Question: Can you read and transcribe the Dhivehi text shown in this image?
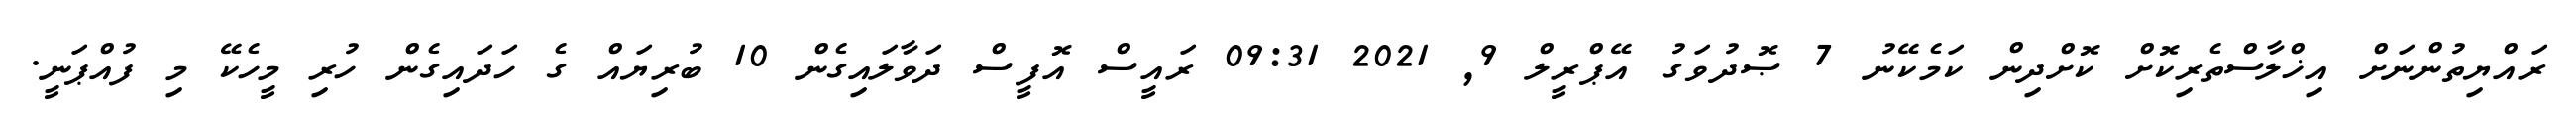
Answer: ރައްޔިތުންނަށް އިޚްލާސްތެރިކޮށް ކޮށްދިން ކަމެކޭނު 7 ޞޮދުވަގު އޭޕްރީލް 9, 2021 09:31 ރައީސް އޮފީސް ދަވާލައިގެން 10 ބުރިޔައް ގެ ހަދައިގެން ހުރި މީހެކޭ މި ފުއްޕަނީ.